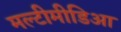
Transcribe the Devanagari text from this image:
मल्टीमीडिआ